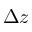
\Delta z